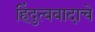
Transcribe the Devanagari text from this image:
हिंदुत्ववादाचे